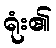
ရုံး၏